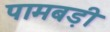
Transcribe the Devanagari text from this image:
पामबड़ी